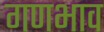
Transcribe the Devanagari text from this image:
गणभाव